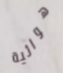
هوائية